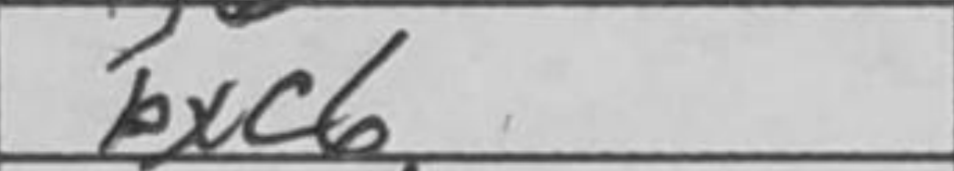
Transcription: bxc6